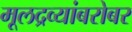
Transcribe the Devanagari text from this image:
मूलद्रव्यांबरोबर